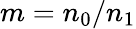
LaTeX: m=n_{0}/n_{1}